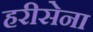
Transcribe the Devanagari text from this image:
हरीसेना